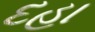
દહા